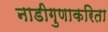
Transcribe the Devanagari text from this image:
नाडीगुणाकरिता